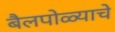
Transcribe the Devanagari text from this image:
बैलपोळ्याचे